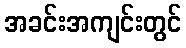
အခင်းအကျင်းတွင်